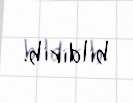
bildirib.